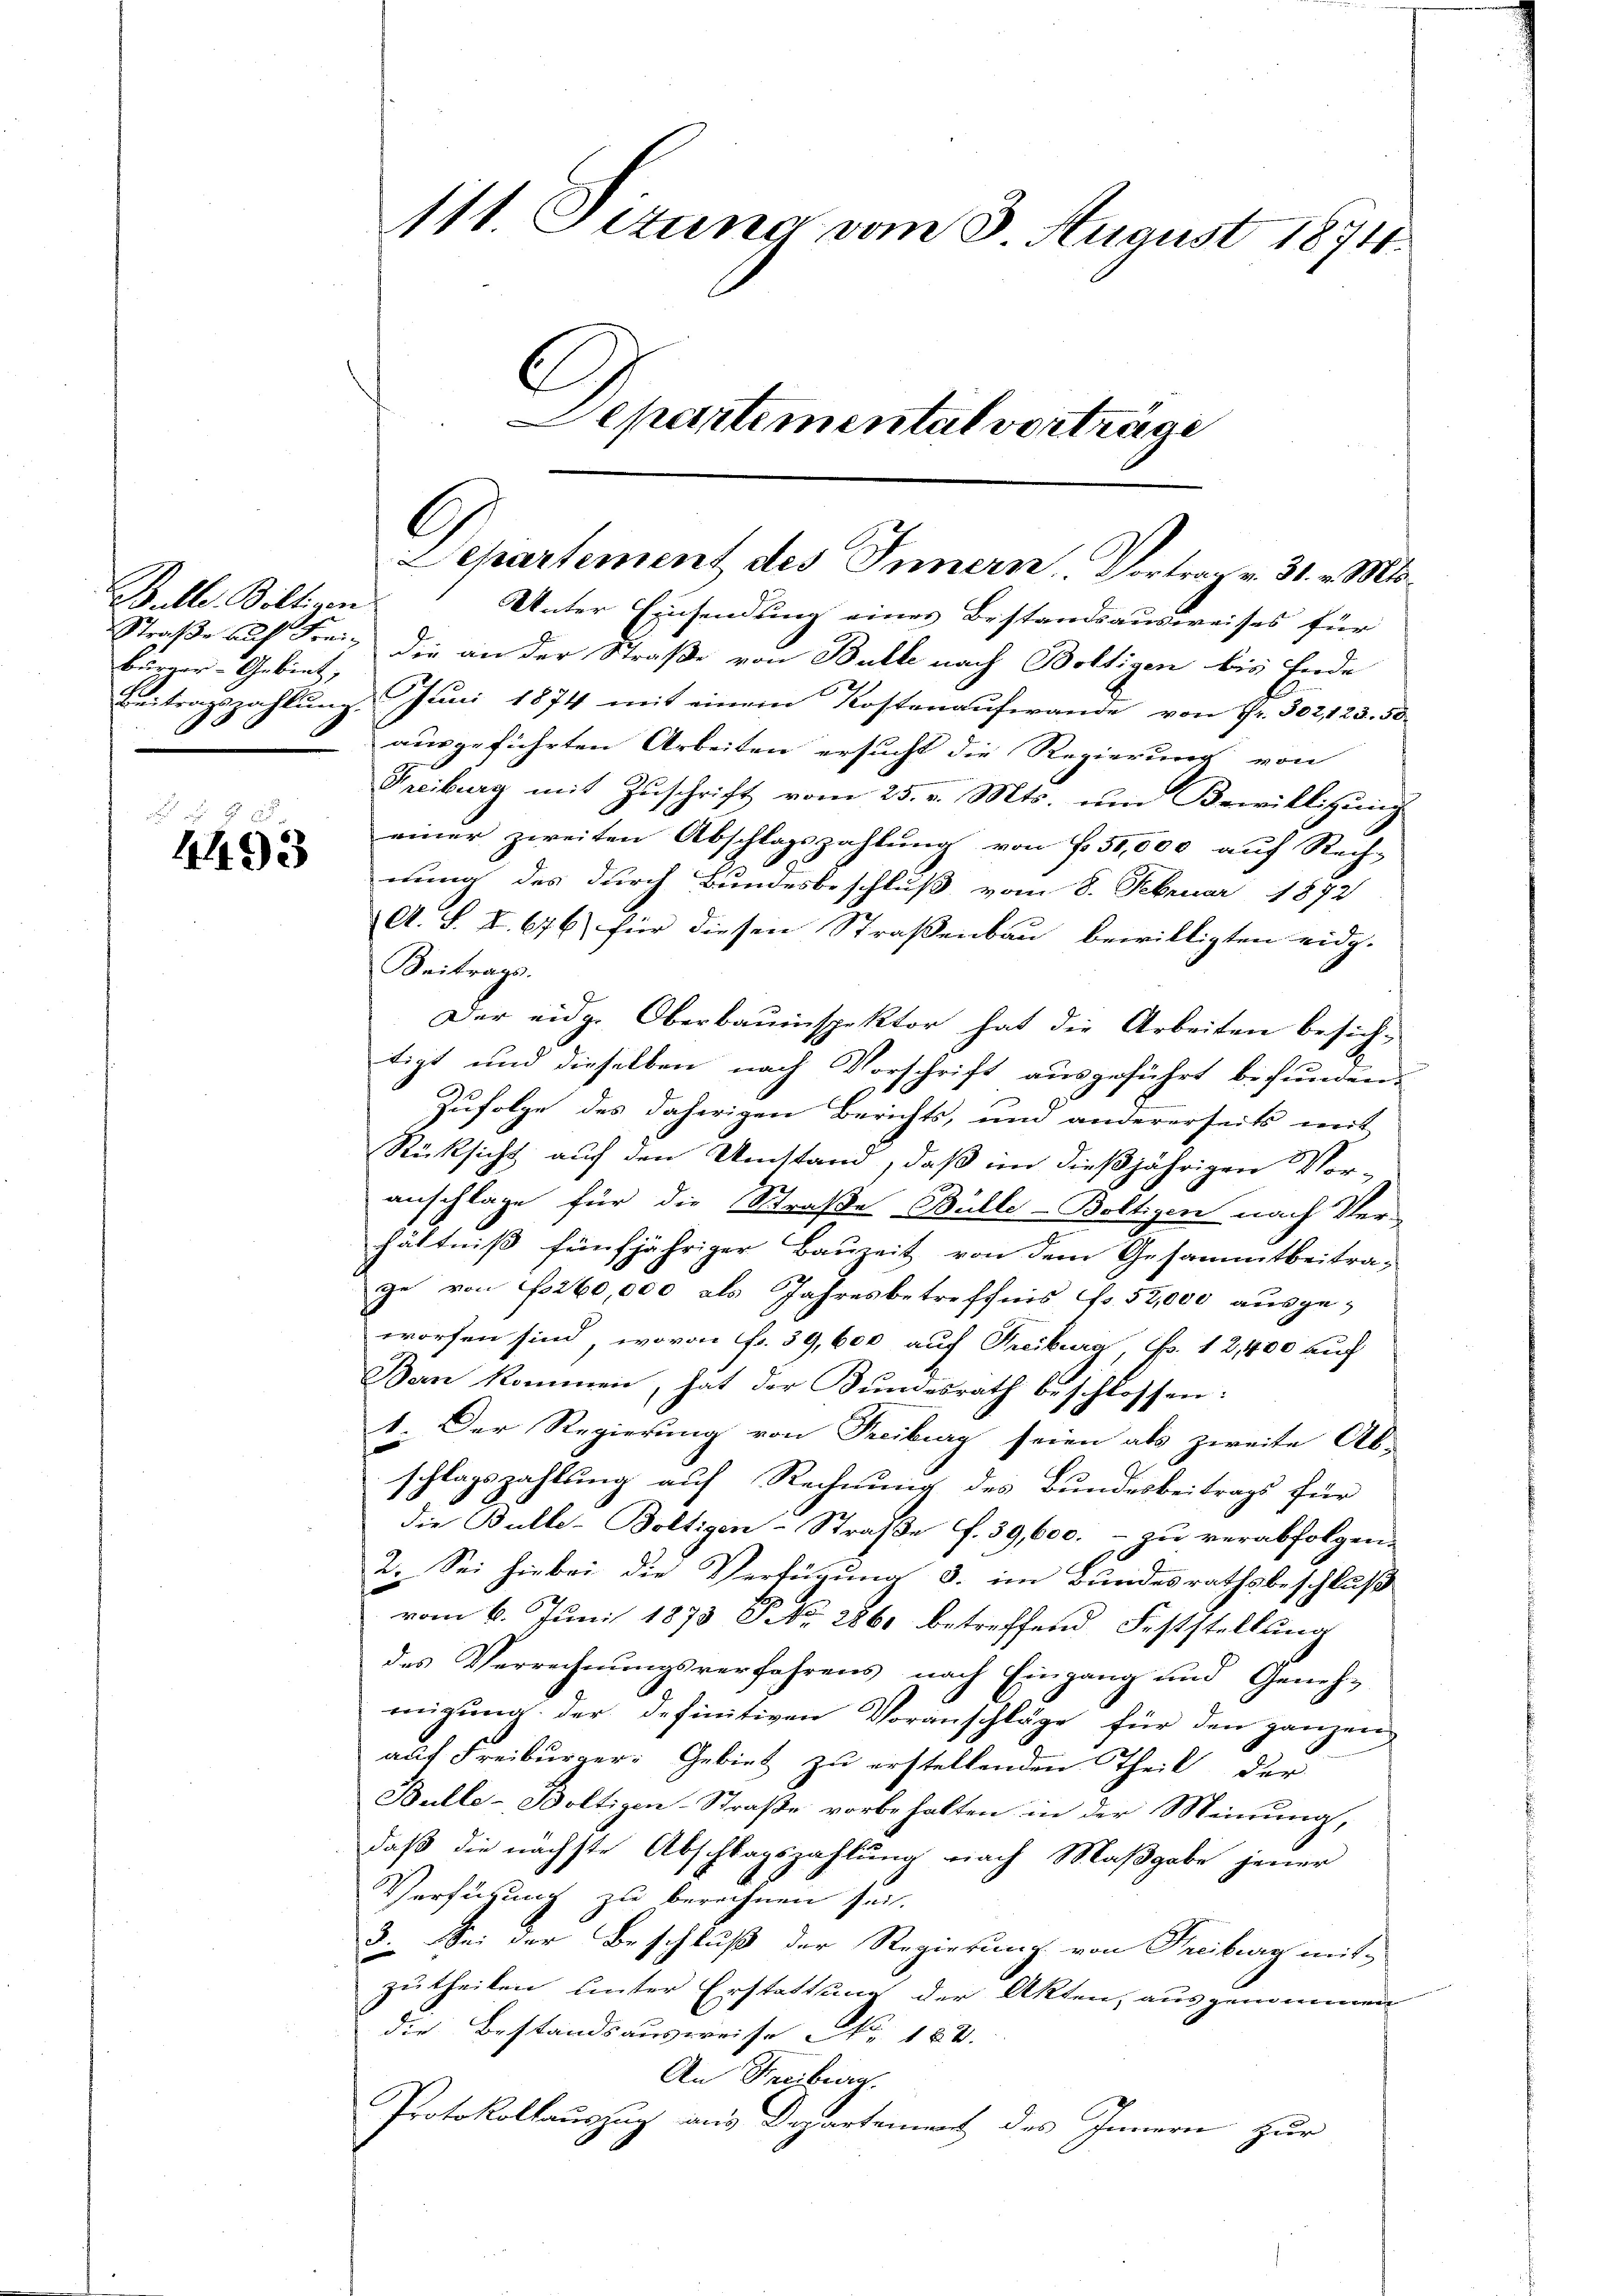
Bulle Biltigen
Bürger-Gebiet,
.

4493

111. Sizung vom 3. August 1874.
Separtemental vorträge

Unter Einsendung eines Bestandsausweises für
Straße auf Frei, die an der Straße von Bulle nach Boltigen bis Ende
Beitragszahlung. Juni 1874 mit einem Kostenaufwande von Fr. 302, 123. 58
ausgeführten Arbeiten ersucht die Regierung von
Freiburg mit Zuschrift vom 25. v. Mts. um Bewilligung
einer zweiten Abschlagszahlung von fl. 50,000 auf Rech-
nung des durch Bundesbeschluß vom 8. Februar 1872
A. S. X. 676) für diesen Strassenbau bewilligten eidg.
Beitrags.
Der eidg. Oberbauinspektor hat die Arbeiten besich-
tigt und dieselben nach Vorschrift ausgeführt befunden,
Zufolge des daherigen Berichts, und andererseits mit
Rücksicht auf den Umstand, daß im dießjährigen Vor-
anschlage für die Straße Bühle-Boltigen nach Ver-
hältniß fünfjähriger Bauzeit von dem Gesammtbeitra-
ge von f 260,000 als Jahresbetreffnis f. 52,000 ausge-
worfen sind, wovon Fr. 39,600 auf Freiburg, Fr. 12,400 auf
Ban kommen, hat der Bundesrath beschlossen:
1. Der Regierung von Freiburg seien als zweite Ab-
schlagszahlung auf Rechnung des Bundesbeitrags für
die Bulle-Boltigen-Straße f. 39,600. - zu verabfolgen
2. Sei hiebei die Verfügung d. im Bundesrathsbeschluß
vom 6. Juni 1873 § NNo. 1861 betreffend Feststellung
des Verrechnungsverfahrens nach Eingang und Genehmigung der definitiven Voranschläge für den ganzen
auf Freiburger: Gebiet zu erstellenden Theil der
Bulle- Boltigen-Straße vorbehalten in der Meinung,
daß die nächste Abschlagszahlung nach Maßgabe jener
Verfügung zu berechnen sei.
3. Sei der Beschluß der Regierung von Freiburg mit-
zutheilen unter Erstattung der Akten, ausgenommen
die Bestandsausweise No. 182.
An Freiburg.
Protokollauszug aus Departement des Innern zur

G
Separtement des Innern, Vortrag v. 31. v. Mts.